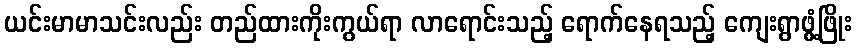
ယင်းမာမာသင်းလည်း တည်ထားကိုးကွယ်ရာ လာရောင်းသည့် ရောက်နေရသည့် ကျေးရွာဖွံ့ဖြိုး